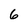
Character: 6